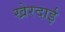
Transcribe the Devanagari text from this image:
खेरदाई